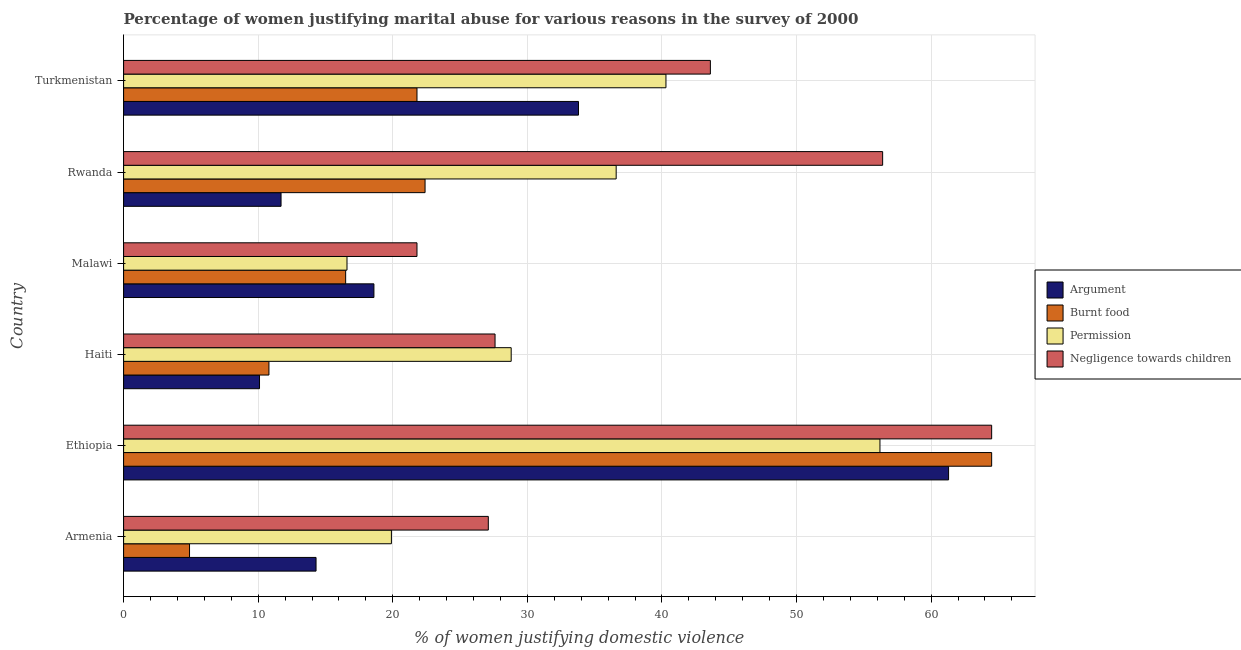
| Country | Argument | Burnt food | Permission | Negligence towards children |
 | --- | --- | --- | --- | --- |
 | Armenia | 14.3 | 4.9 | 19.9 | 27.1 |
 | Ethiopia | 61.3 | 64.5 | 56.2 | 64.5 |
 | Haiti | 10.1 | 10.8 | 28.8 | 27.6 |
 | Malawi | 18.6 | 16.5 | 16.6 | 21.8 |
 | Rwanda | 11.7 | 22.4 | 36.6 | 56.4 |
 | Turkmenistan | 33.8 | 21.8 | 40.3 | 43.6 |